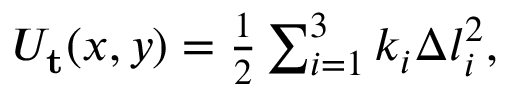
\begin{array} { r } { U _ { \mathbf { t } } ( x , y ) = \frac { 1 } { 2 } \sum _ { i = 1 } ^ { 3 } k _ { i } \Delta l _ { i } ^ { 2 } , } \end{array}